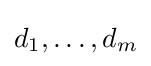
d_{1},\ldots ,d_{m}